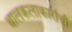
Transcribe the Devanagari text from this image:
बालकलाकारांची